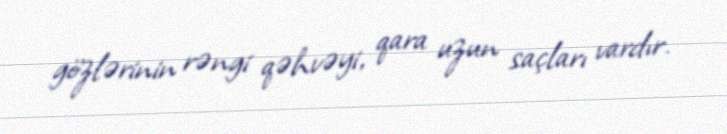
gözlərinin rəngi qəhvəyi, qara uzun saçları vardır.